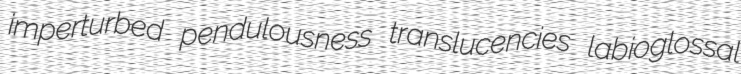
imperturbed pendulousness translucencies labioglossal